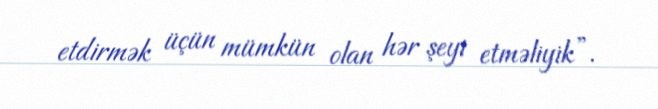
etdirmək üçün mümkün olan hər şeyi etməliyik”.